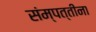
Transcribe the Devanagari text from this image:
संम्पत्तीना